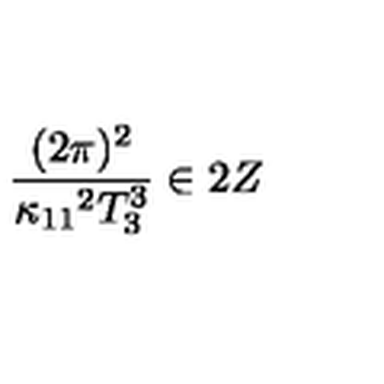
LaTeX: { \frac { ( 2 \pi ) ^ { 2 } } { \kappa _ { 1 1 } { } ^ { 2 } T _ { 3 } ^ { 3 } } } \in 2 Z